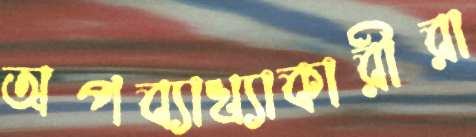
অপব্যাখ্যাকারীরা